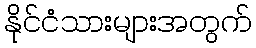
နိုင်ငံသားများအတွက်